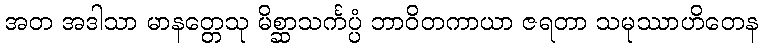
အတ အဒါသာ မာနတ္တေသု မိစ္ဆာသင်္ကပ္ပံ ဘာဝိတကာယာ ဇရတာ သမုဿာဟိတေန